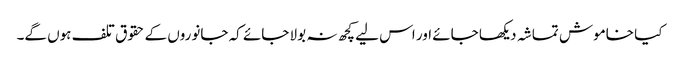
کیا خاموش تماشہ دیکھا جائے اور اس لیے کچھ نہ بولا جائے کہ جانوروں کے حقوق تلف ہوں گے۔